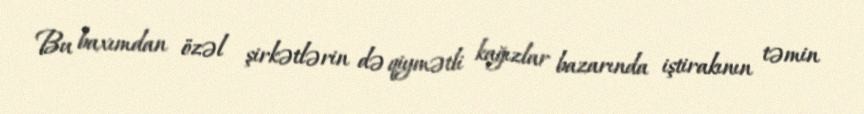
Bu baxımdan özəl şirkətlərin də qiymətli kağızlar bazarında iştirakının təmin